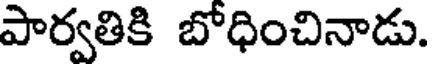
పార్వతికి బోధించినాడు.